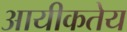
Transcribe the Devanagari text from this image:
आयीकतेय